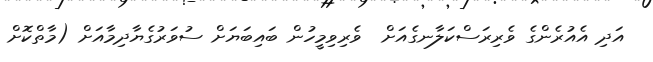
އަދި އެއުރެންގެ ވެރިރަސްކަލާނގެއަށް  ވެރިވިމީހުން ބައިބަޔަށް ސުވަރުގެޔާދިމާއަށް (މާތްކޮށް